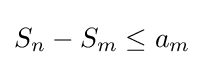
S_{n}-S_{m}\leq a_{m}